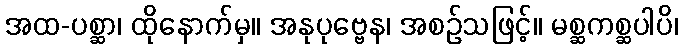
အထ-ပစ္ဆာ၊ ထိုနောက်မှ။ အနုပုဗ္ဗေန၊ အစဉ်သဖြင့်။ မစ္ဆကစ္ဆပါပိ၊